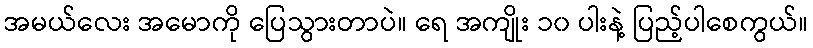
အမယ်လေး အမောကို ပြေသွားတာပဲ။ ရေ အကျိုး ၁၀ ပါးနဲ့ ပြည့်ပါစေကွယ်။